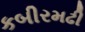
કબીરમઢી